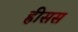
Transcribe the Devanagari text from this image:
ह्रीसस